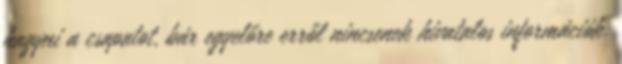
hagyni a csapatot, bár egyelőre erről nincsenek hivatalos információk.